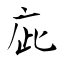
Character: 庛